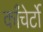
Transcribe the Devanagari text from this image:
काँचेर्टो